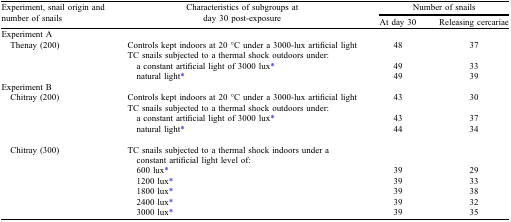
<table><thead><tr><td rowspan="2"><b>Experiment, snail origin and number of snails</b></td><td rowspan="2"><b>Characteristics of subgroups at day 30 post-exposure</b></td><td colspan="2"><b>Number of snails</b></td></tr><tr><td><b>At day 30</b></td><td><b>Releasing cercariae</b></td></tr></thead><tbody><tr><td>Experiment A</td><td></td><td></td><td></td></tr><tr><td rowspan="2"> Thenay (200)</td><td>Controls kept indoors at 20 °C under a 3000-lux artificial light</td><td>48</td><td>37</td></tr><tr><td>TC snails subjected to a thermal shock outdoors under:</td><td></td><td></td></tr><tr><td></td><td> a constant artificial light of 3000 lux*</td><td>49</td><td>33</td></tr><tr><td></td><td> natural light*</td><td>49</td><td>39</td></tr><tr><td>Experiment B</td><td></td><td></td><td></td></tr><tr><td rowspan="2"> Chitray (200)</td><td>Controls kept indoors at 20 °C under a 3000-lux artificial light</td><td>43</td><td>30</td></tr><tr><td>TC snails subjected to a thermal shock outdoors under:</td><td></td><td></td></tr><tr><td></td><td> a constant artificial light of 3000 lux*</td><td>43</td><td>37</td></tr><tr><td></td><td> natural light*</td><td>44</td><td>34</td></tr><tr><td> Chitray (300)</td><td>TC snails subjected to a thermal shock indoors under a constant artificial light level of:</td><td></td><td></td></tr><tr><td></td><td> 600 lux*</td><td>39</td><td>29</td></tr><tr><td></td><td> 1200 lux*</td><td>39</td><td>33</td></tr><tr><td></td><td> 1800 lux*</td><td>39</td><td>38</td></tr><tr><td></td><td> 2400 lux*</td><td>39</td><td>32</td></tr><tr><td></td><td> 3000 lux*</td><td>39</td><td>35</td></tr></tbody></table>